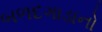
બળદગાડાનો